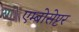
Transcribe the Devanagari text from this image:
एम्बोसेप्टर